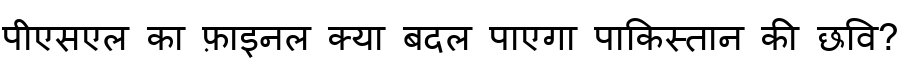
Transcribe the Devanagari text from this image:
पीएसएल का फ़ाइनल क्या बदल पाएगा पाकिस्तान की छवि?